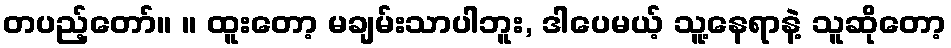
တပည့်တော်။ ။ ထူးတော့ မချမ်းသာပါဘူး, ဒါပေမယ့် သူ့နေရာနဲ့ သူဆိုတော့